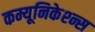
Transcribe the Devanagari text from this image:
कम्यूनिकेश्न्स